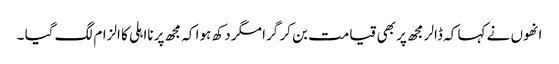
انھوں نے کہا کہ ڈالر مجھ پر بھی قیامت بن کر گرا مگر دکھ ہوا کہ مجھ پر نااہلی کا الزام لگ گیا ۔